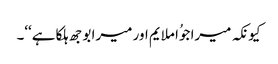
کیونکہ میرا جوُا ملایم اور میرا بوجھ ہلکا ہے‘‘۔